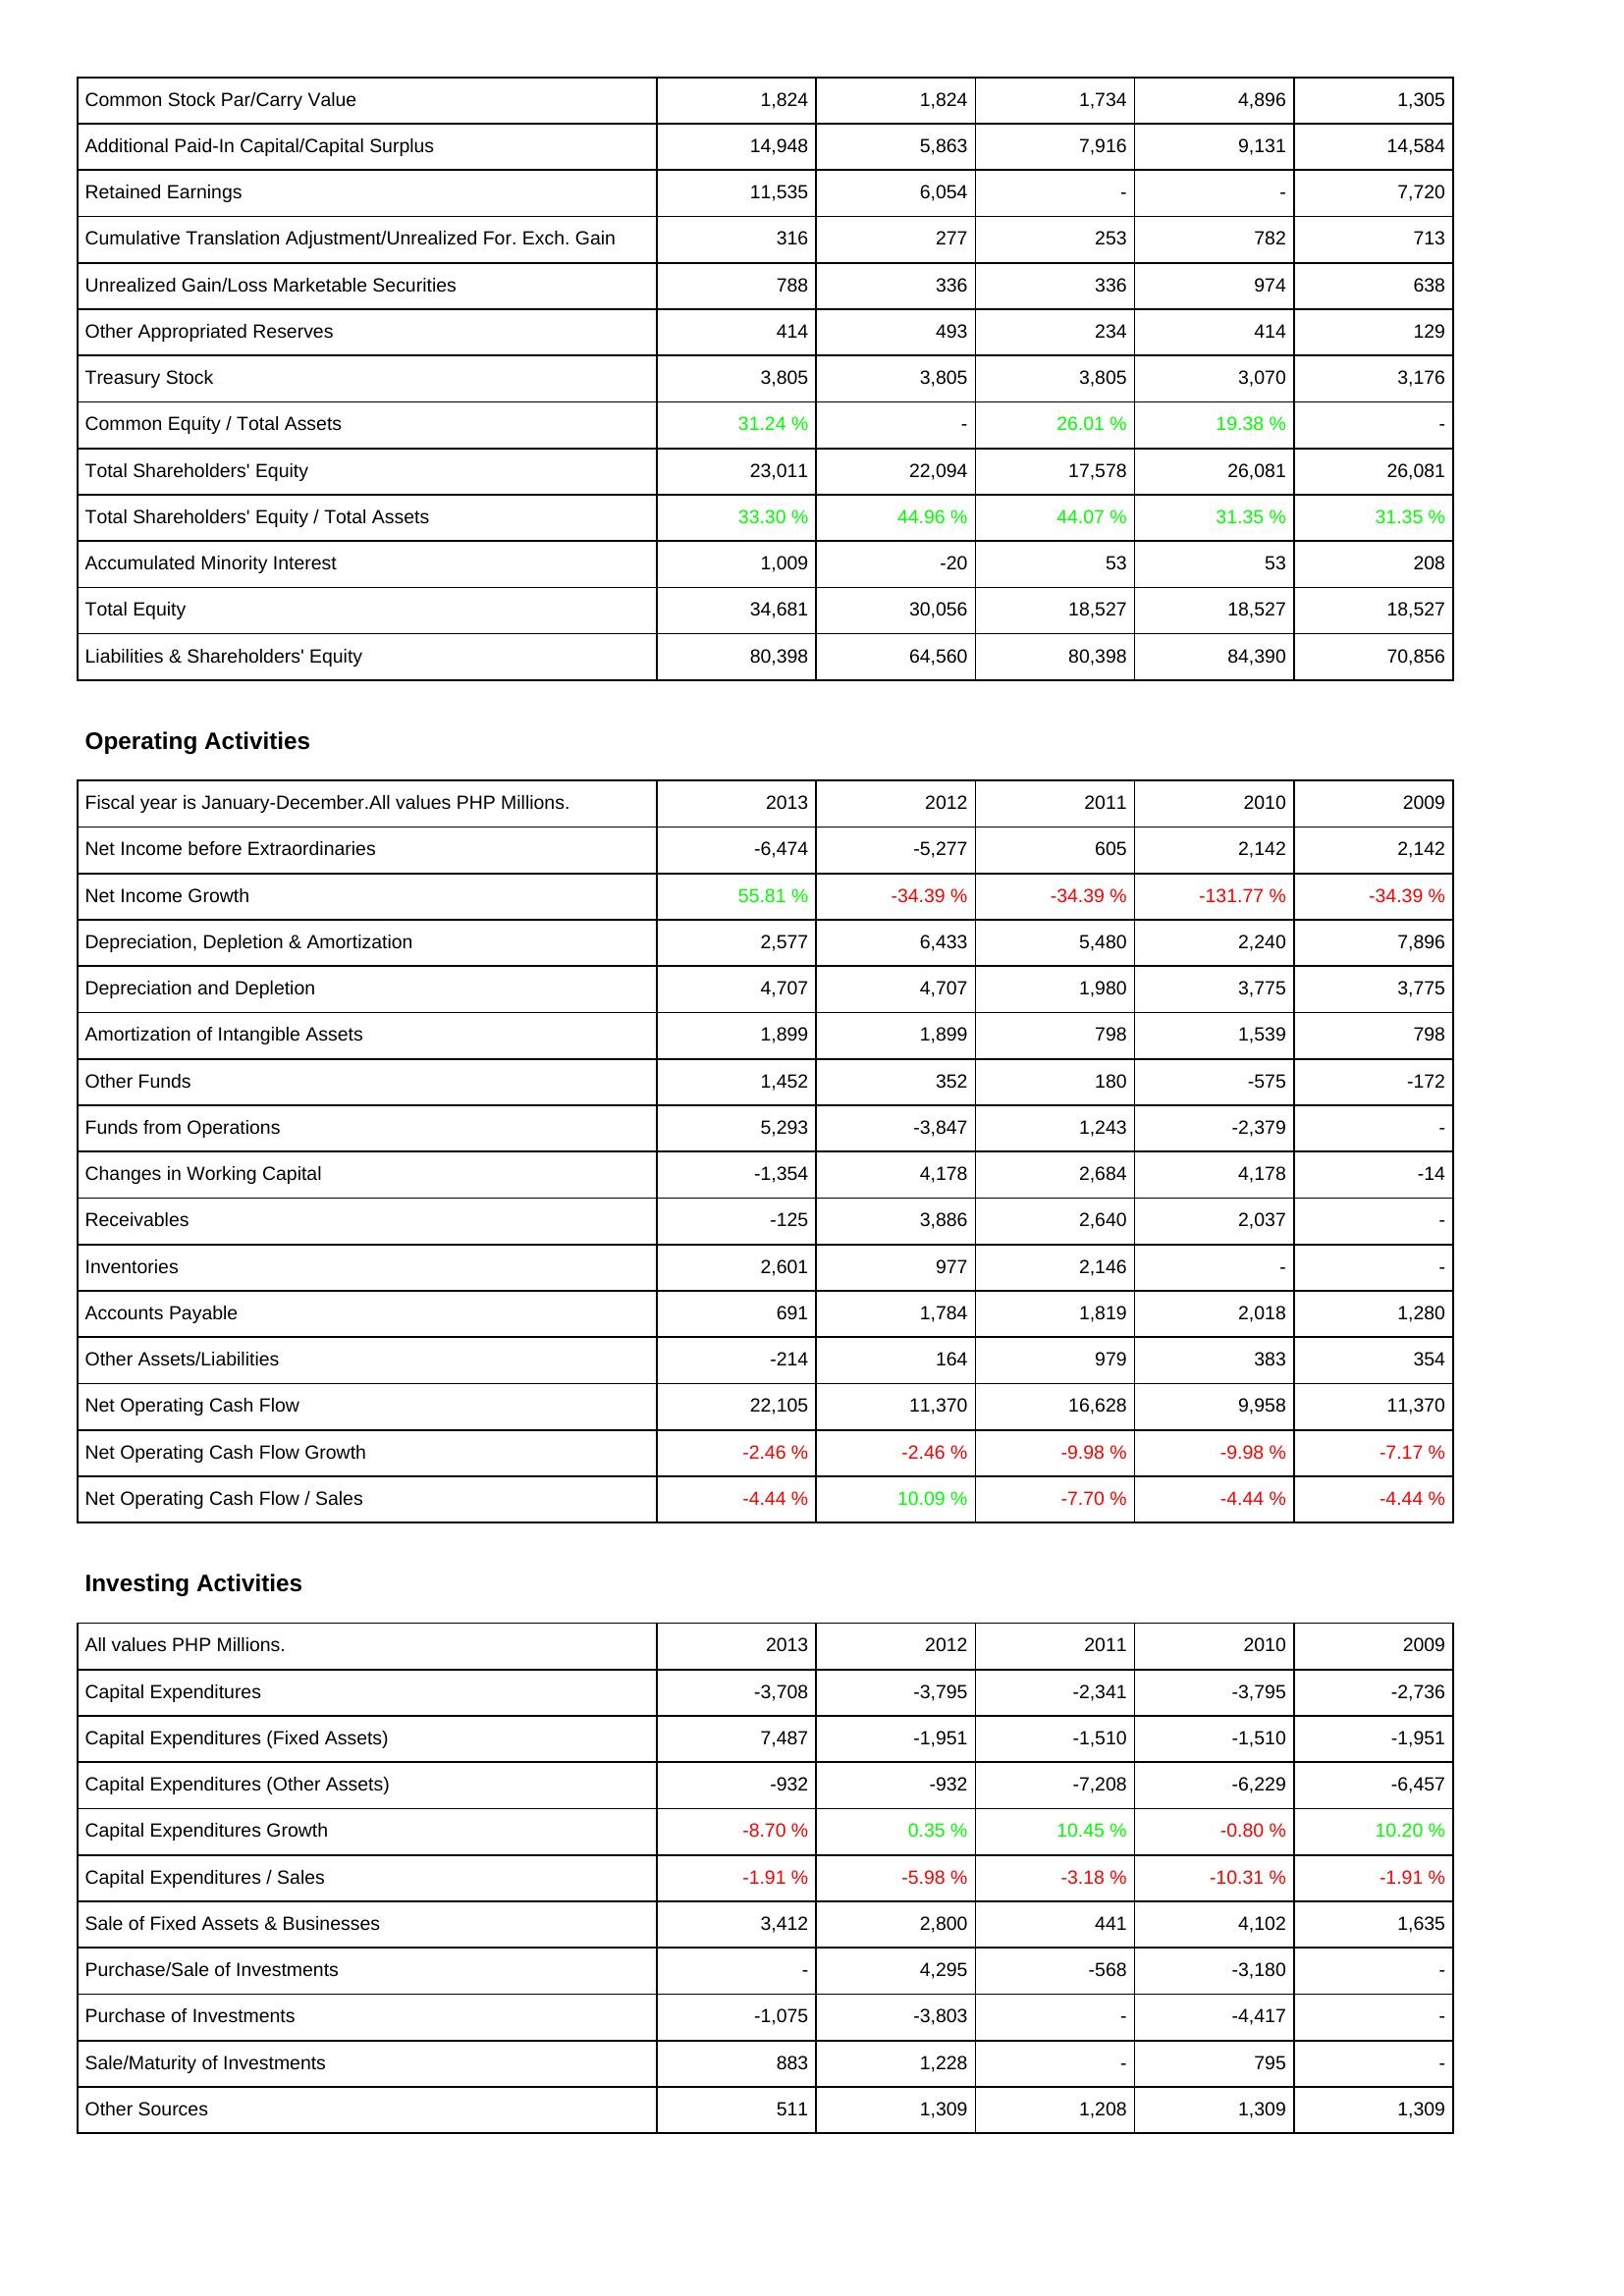
2013: Liabilities & Shareholders' Equity: Common Stock Par/Carry Value: 1,824
Additional Paid-In Capital/Capital Surplus: 14,948
Retained Earnings: 11,535
Cumulative Translation Adjustment/Unrealized For. Exch. Gain: 316
Unrealized Gain/Loss Marketable Securities: 788
Other Appropriated Reserves: 414
Treasury Stock: 3,805
Common Equity / Total Assets: 31.24 %
Total Shareholders' Equity: 23,011
Total Shareholders' Equity / Total Assets: 33.30 %
Accumulated Minority Interest: 1,009
Total Equity: 34,681
Liabilities & Shareholders' Equity: 80,398
Operating Activities: Net Income before Extraordinaries: -6,474
Net Income Growth: 55.81 %
Depreciation, Depletion & Amortization: 2,577
Depreciation and Depletion: 4,707
Amortization of Intangible Assets: 1,899
Other Funds: 1,452
Funds from Operations: 5,293
Changes in Working Capital: -1,354
Receivables: -125
Inventories: 2,601
Accounts Payable: 691
Other Assets/Liabilities: -214
Net Operating Cash Flow: 22,105
Net Operating Cash Flow Growth: -2.46 %
Net Operating Cash Flow / Sales: -4.44 %
Investing Activities: Capital Expenditures: -3,708
Capital Expenditures (Fixed Assets): 7,487
Capital Expenditures (Other Assets): -932
Capital Expenditures Growth: -8.70 %
Capital Expenditures / Sales: -1.91 %
Sale of Fixed Assets & Businesses: 3,412
Purchase/Sale of Investments: -
Purchase of Investments: -1,075
Sale/Maturity of Investments: 883
Other Sources: 511
2012: Liabilities & Shareholders' Equity: Common Stock Par/Carry Value: 1,824
Additional Paid-In Capital/Capital Surplus: 5,863
Retained Earnings: 6,054
Cumulative Translation Adjustment/Unrealized For. Exch. Gain: 277
Unrealized Gain/Loss Marketable Securities: 336
Other Appropriated Reserves: 493
Treasury Stock: 3,805
Common Equity / Total Assets: -
Total Shareholders' Equity: 22,094
Total Shareholders' Equity / Total Assets: 44.96 %
Accumulated Minority Interest: -20
Total Equity: 30,056
Liabilities & Shareholders' Equity: 64,560
Operating Activities: Net Income before Extraordinaries: -5,277
Net Income Growth: -34.39 %
Depreciation, Depletion & Amortization: 6,433
Depreciation and Depletion: 4,707
Amortization of Intangible Assets: 1,899
Other Funds: 352
Funds from Operations: -3,847
Changes in Working Capital: 4,178
Receivables: 3,886
Inventories: 977
Accounts Payable: 1,784
Other Assets/Liabilities: 164
Net Operating Cash Flow: 11,370
Net Operating Cash Flow Growth: -2.46 %
Net Operating Cash Flow / Sales: 10.09 %
Investing Activities: Capital Expenditures: -3,795
Capital Expenditures (Fixed Assets): -1,951
Capital Expenditures (Other Assets): -932
Capital Expenditures Growth: 0.35 %
Capital Expenditures / Sales: -5.98 %
Sale of Fixed Assets & Businesses: 2,800
Purchase/Sale of Investments: 4,295
Purchase of Investments: -3,803
Sale/Maturity of Investments: 1,228
Other Sources: 1,309
2011: Liabilities & Shareholders' Equity: Common Stock Par/Carry Value: 1,734
Additional Paid-In Capital/Capital Surplus: 7,916
Retained Earnings: -
Cumulative Translation Adjustment/Unrealized For. Exch. Gain: 253
Unrealized Gain/Loss Marketable Securities: 336
Other Appropriated Reserves: 234
Treasury Stock: 3,805
Common Equity / Total Assets: 26.01 %
Total Shareholders' Equity: 17,578
Total Shareholders' Equity / Total Assets: 44.07 %
Accumulated Minority Interest: 53
Total Equity: 18,527
Liabilities & Shareholders' Equity: 80,398
Operating Activities: Net Income before Extraordinaries: 605
Net Income Growth: -34.39 %
Depreciation, Depletion & Amortization: 5,480
Depreciation and Depletion: 1,980
Amortization of Intangible Assets: 798
Other Funds: 180
Funds from Operations: 1,243
Changes in Working Capital: 2,684
Receivables: 2,640
Inventories: 2,146
Accounts Payable: 1,819
Other Assets/Liabilities: 979
Net Operating Cash Flow: 16,628
Net Operating Cash Flow Growth: -9.98 %
Net Operating Cash Flow / Sales: -7.70 %
Investing Activities: Capital Expenditures: -2,341
Capital Expenditures (Fixed Assets): -1,510
Capital Expenditures (Other Assets): -7,208
Capital Expenditures Growth: 10.45 %
Capital Expenditures / Sales: -3.18 %
Sale of Fixed Assets & Businesses: 441
Purchase/Sale of Investments: -568
Purchase of Investments: -
Sale/Maturity of Investments: -
Other Sources: 1,208
2010: Liabilities & Shareholders' Equity: Common Stock Par/Carry Value: 4,896
Additional Paid-In Capital/Capital Surplus: 9,131
Retained Earnings: -
Cumulative Translation Adjustment/Unrealized For. Exch. Gain: 782
Unrealized Gain/Loss Marketable Securities: 974
Other Appropriated Reserves: 414
Treasury Stock: 3,070
Common Equity / Total Assets: 19.38 %
Total Shareholders' Equity: 26,081
Total Shareholders' Equity / Total Assets: 31.35 %
Accumulated Minority Interest: 53
Total Equity: 18,527
Liabilities & Shareholders' Equity: 84,390
Operating Activities: Net Income before Extraordinaries: 2,142
Net Income Growth: -131.77 %
Depreciation, Depletion & Amortization: 2,240
Depreciation and Depletion: 3,775
Amortization of Intangible Assets: 1,539
Other Funds: -575
Funds from Operations: -2,379
Changes in Working Capital: 4,178
Receivables: 2,037
Inventories: -
Accounts Payable: 2,018
Other Assets/Liabilities: 383
Net Operating Cash Flow: 9,958
Net Operating Cash Flow Growth: -9.98 %
Net Operating Cash Flow / Sales: -4.44 %
Investing Activities: Capital Expenditures: -3,795
Capital Expenditures (Fixed Assets): -1,510
Capital Expenditures (Other Assets): -6,229
Capital Expenditures Growth: -0.80 %
Capital Expenditures / Sales: -10.31 %
Sale of Fixed Assets & Businesses: 4,102
Purchase/Sale of Investments: -3,180
Purchase of Investments: -4,417
Sale/Maturity of Investments: 795
Other Sources: 1,309
2009: Liabilities & Shareholders' Equity: Common Stock Par/Carry Value: 1,305
Additional Paid-In Capital/Capital Surplus: 14,584
Retained Earnings: 7,720
Cumulative Translation Adjustment/Unrealized For. Exch. Gain: 713
Unrealized Gain/Loss Marketable Securities: 638
Other Appropriated Reserves: 129
Treasury Stock: 3,176
Common Equity / Total Assets: -
Total Shareholders' Equity: 26,081
Total Shareholders' Equity / Total Assets: 31.35 %
Accumulated Minority Interest: 208
Total Equity: 18,527
Liabilities & Shareholders' Equity: 70,856
Operating Activities: Net Income before Extraordinaries: 2,142
Net Income Growth: -34.39 %
Depreciation, Depletion & Amortization: 7,896
Depreciation and Depletion: 3,775
Amortization of Intangible Assets: 798
Other Funds: -172
Funds from Operations: -
Changes in Working Capital: -14
Receivables: -
Inventories: -
Accounts Payable: 1,280
Other Assets/Liabilities: 354
Net Operating Cash Flow: 11,370
Net Operating Cash Flow Growth: -7.17 %
Net Operating Cash Flow / Sales: -4.44 %
Investing Activities: Capital Expenditures: -2,736
Capital Expenditures (Fixed Assets): -1,951
Capital Expenditures (Other Assets): -6,457
Capital Expenditures Growth: 10.20 %
Capital Expenditures / Sales: -1.91 %
Sale of Fixed Assets & Businesses: 1,635
Purchase/Sale of Investments: -
Purchase of Investments: -
Sale/Maturity of Investments: -
Other Sources: 1,309